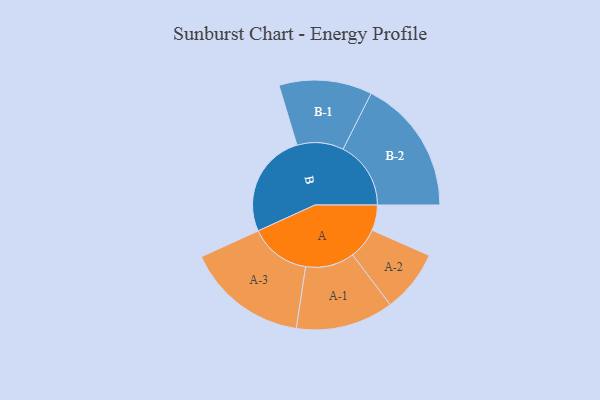
{"axis": {"x": "Segment", "y": "Value"}, "legend": ["", "A", "B"], "data": [{"x": "A", "y": 108, "type": ""}, {"x": "B", "y": 443, "type": ""}, {"x": "A-1", "y": 207, "type": "A"}, {"x": "A-2", "y": 132, "type": "A"}, {"x": "A-3", "y": 258, "type": "A"}, {"x": "B-1", "y": 197, "type": "B"}, {"x": "B-2", "y": 287, "type": "B"}]}